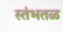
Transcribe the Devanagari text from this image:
स्तंभतळ